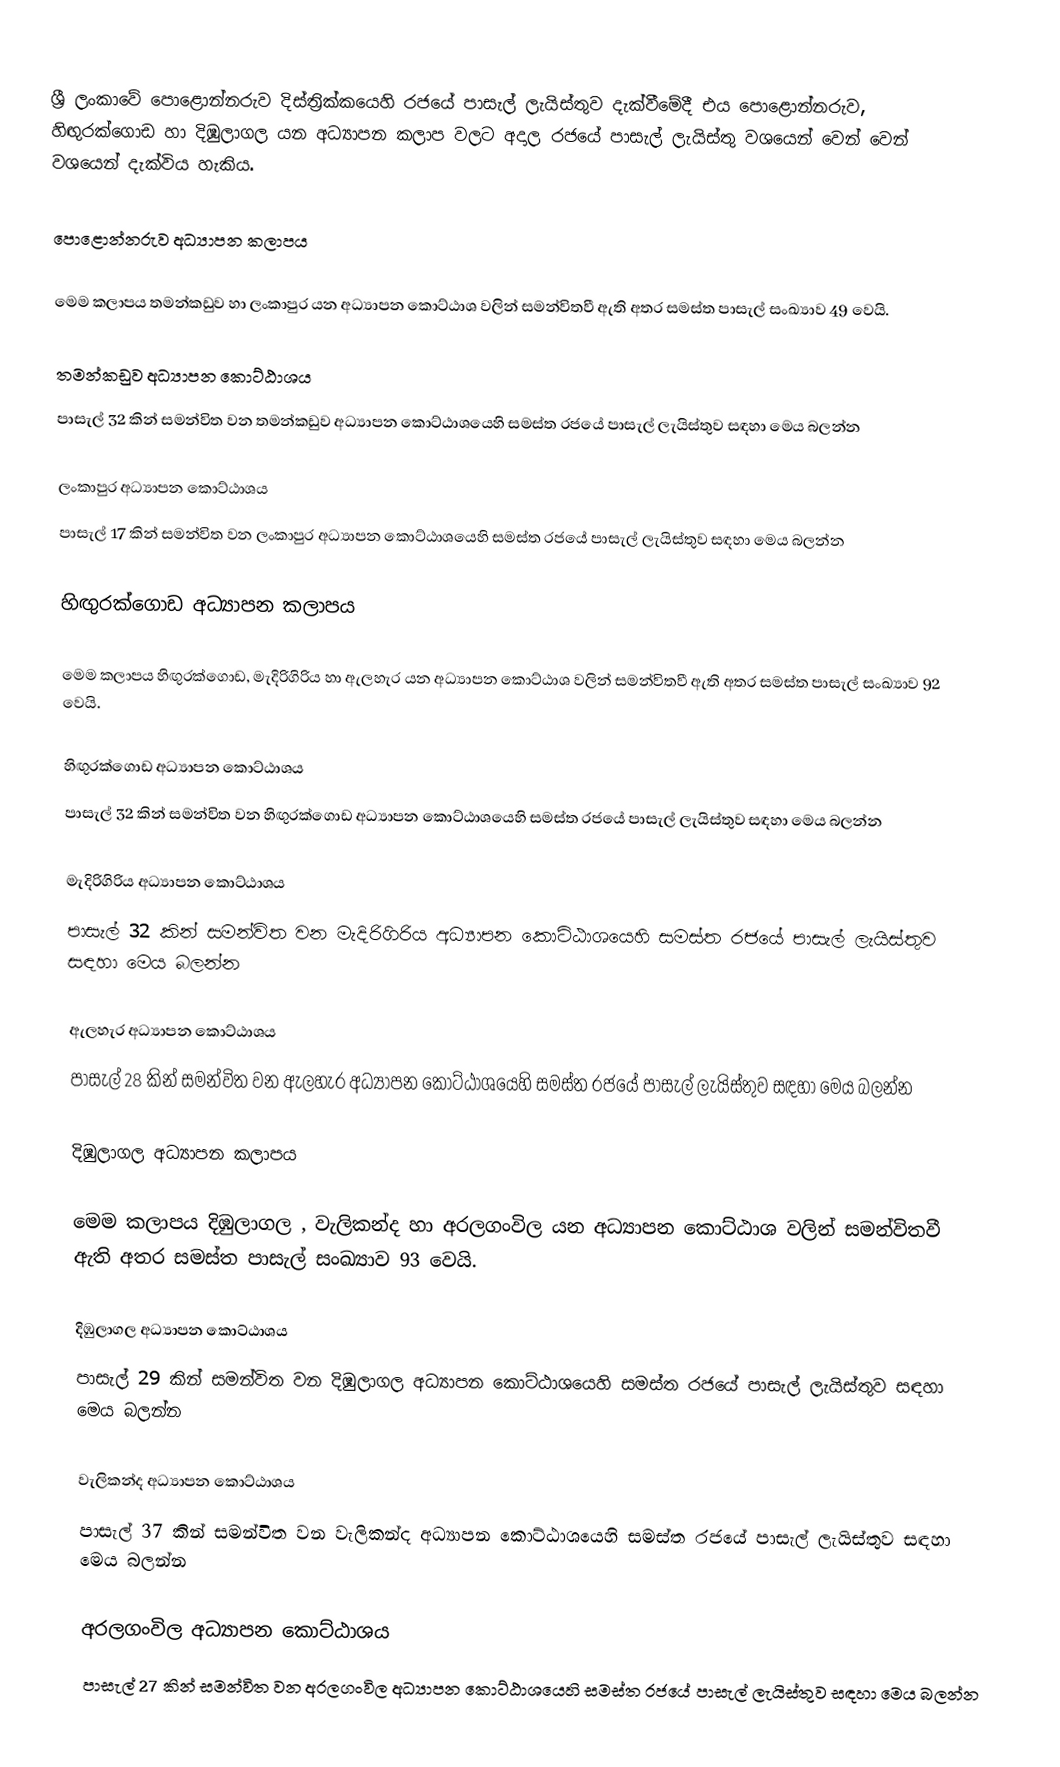
ශ්‍රී ලංකාවේ පොළොන්නරුව දිස්ත්‍රික්කයෙහි රජයේ පාසැල් ලැයිස්තුව දැක්වීමේදී එය පොළොන්නරුව, හිඟුරක්ගොඩ හා දිඹුලාගල යන අධ්‍යාපන කලාප  වලට අදාල රජයේ පාසැල් ලැයිස්තු වශයෙන් වෙන් වෙන් වශයෙන් දැක්විය හැකිය.

පොළොන්නරුව අධ්‍යාපන කලාපය

මෙම කලාපය තමන්කඩුව හා ලංකාපුර යන අධ්‍යාපන කොට්ඨාශ වලින් සමන්විතවී ඇති අතර සමස්ත පාසැල් සංඛ්‍යාව 49 වෙයි.

තමන්කඩුව අධ්‍යාපන කොට්ඨාශය
පාසැල් 32 කින් සමන්විත වන තමන්කඩුව  අධ්‍යාපන කොට්ඨාශයෙහි සමස්ත රජයේ පාසැල් ලැයිස්තුව සඳහා මෙය බලන්න

ලංකාපුර අධ්‍යාපන කොට්ඨාශය
පාසැල් 17 කින් සමන්විත වන ලංකාපුර අධ්‍යාපන කොට්ඨාශයෙහි සමස්ත රජයේ පාසැල් ලැයිස්තුව සඳහා මෙය බලන්න

හිඟුරක්ගොඩ අධ්‍යාපන කලාපය

මෙම කලාපය හිඟුරක්ගොඩ, මැදිරිගිරිය හා ඇලහැර යන අධ්‍යාපන කොට්ඨාශ වලින් සමන්විතවී ඇති අතර සමස්ත පාසැල් සංඛ්‍යාව 92 වෙයි.

හිඟුරක්ගොඩ අධ්‍යාපන කොට්ඨාශය
පාසැල් 32 කින් සමන්විත වන හිඟුරක්ගොඩ අධ්‍යාපන කොට්ඨාශයෙහි සමස්ත රජයේ පාසැල් ලැයිස්තුව සඳහා මෙය බලන්න

මැදිරිගිරිය අධ්‍යාපන කොට්ඨාශය
පාසැල් 32 කින් සමන්විත වන මැදිරිගිරිය අධ්‍යාපන කොට්ඨාශයෙහි සමස්ත රජයේ පාසැල් ලැයිස්තුව සඳහා මෙය බලන්න

ඇලහැර අධ්‍යාපන කොට්ඨාශය
පාසැල් 28 කින් සමන්විත වන ඇලහැර අධ්‍යාපන කොට්ඨාශයෙහි සමස්ත රජයේ පාසැල් ලැයිස්තුව සඳහා මෙය බලන්න

දිඹුලාගල අධ්‍යාපන කලාපය

මෙම කලාපය දිඹුලාගල , වැලිකන්ද හා අරලගංවිල යන අධ්‍යාපන කොට්ඨාශ වලින් සමන්විතවී ඇති අතර සමස්ත පාසැල් සංඛ්‍යාව 93 වෙයි.

දිඹුලාගල අධ්‍යාපන කොට්ඨාශය
පාසැල් 29 කින් සමන්විත වන දිඹුලාගල අධ්‍යාපන කොට්ඨාශයෙහි සමස්ත රජයේ පාසැල් ලැයිස්තුව සඳහා මෙය බලන්න

වැලිකන්ද අධ්‍යාපන කොට්ඨාශය
පාසැල් 37 කින් සමන්විත වන වැලිකන්ද අධ්‍යාපන කොට්ඨාශයෙහි සමස්ත රජයේ පාසැල් ලැයිස්තුව සඳහා මෙය බලන්න

අරලගංවිල අධ්‍යාපන කොට්ඨාශය
පාසැල් 27 කින් සමන්විත වන අරලගංවිල අධ්‍යාපන කොට්ඨාශයෙහි සමස්ත රජයේ පාසැල් ලැයිස්තුව සඳහා මෙය බලන්න